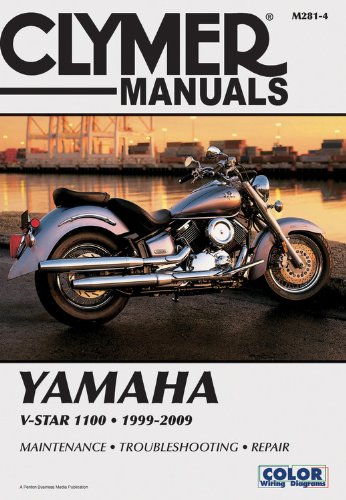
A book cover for Yamaha V-Star 1100 (Clymer Motorcycle Repair); Penton Staff; Engineering & Transportation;